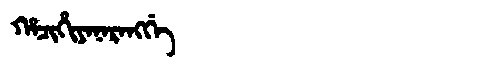
Manchu: ᡥᠠᠴᡳᡥᡳᠶᠠᠨᠠᡵᠠᠩᡤᡝ
Romanization: HACIHIYANARANGGE